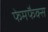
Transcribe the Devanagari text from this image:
फेमफैक्स